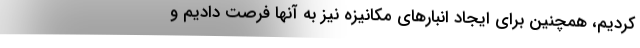
کردیم، همچنین برای ایجاد انبارهای مکانیزه نیز به آنها فرصت دادیم و